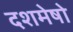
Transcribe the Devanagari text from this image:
दशमेषो